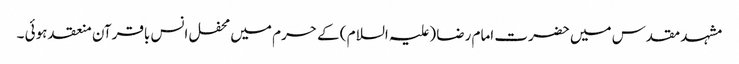
مشہد مقدس میں حضرت امام رضا (علیہ السلام ) کے حرم میں محفل انس باقرآن منعقد ہوئی ۔